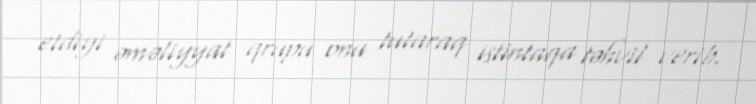
etdiyi əməliyyat qrupu onu tutaraq istintaqa təhvil verib.